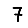
Digit: 7